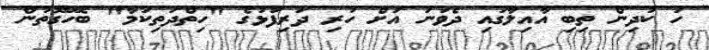
ހަ ކުދިން ތިބި އާއިލާގައި ދެވަނަ އަށް ހުރި ދަރިފުޅުގެ "ހިތްދަތިކަމާ" ބެހޭގޮތުން